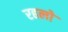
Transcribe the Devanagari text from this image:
रहलो